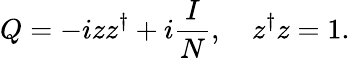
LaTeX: Q=-izz^{\dagger}+i\frac{I}{N},\quad z^{\dagger}z=1.